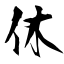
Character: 休